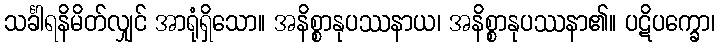
သင်္ခါရနိမိတ်လျှင် အာရုံရှိသော။ အနိစ္စာနုပဿနာယ၊ အနိစ္စာနုပဿနာ၏။ ပဋိပက္ခော၊